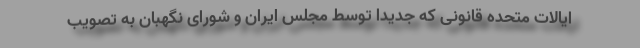
ایالات متحده قانونی که جدیدا توسط مجلس ایران و شورای نگهبان به تصویب